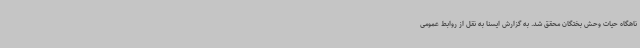
ناهگاه حیات وحش بختگان محقق شد. به گزارش ایسنا به نقل از روابط عمومی